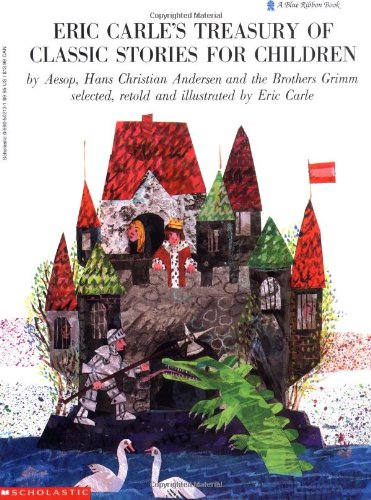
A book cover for Eric Carle Treasury of Classic Stories for Children (trade/club) (A Blue Ribbon Book); Children's Books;